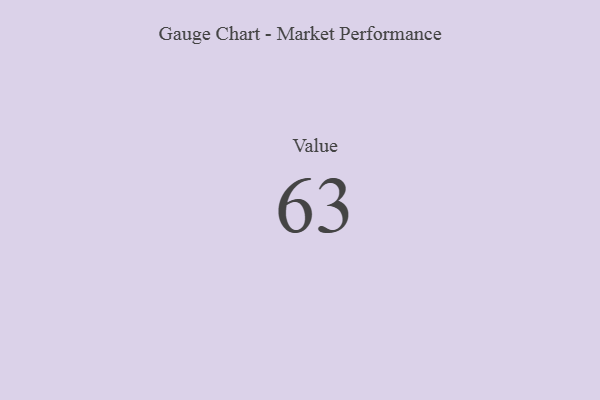
{"axis": {"x": "Metric", "y": "Value"}, "legend": [""], "data": [{"x": "Value", "y": 63, "type": ""}]}